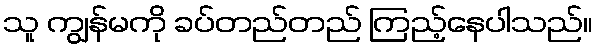
သူ ကျွန်မကို ခပ်တည်တည် ကြည့်နေပါသည်။